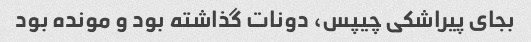
بجای پیراشکی چیپس، دونات گذاشته بود و مونده بود